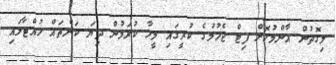
މިގޮތުން އާންމުކޮށް ފިޓް ޖެހުމުގެ ކުރީގައި މީހާ ކުރަމުން ދިޔަ ކަންތައް ހުއްޓާލައި